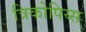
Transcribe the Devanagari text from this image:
त्रिकोपिय्स